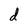
Character: d